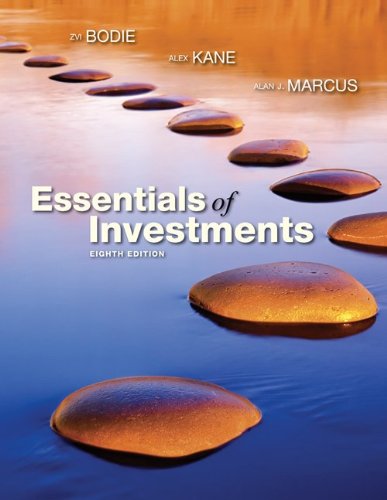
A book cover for Essentials of Investments (The Mcgraw-Hill/Irwin Series in Finance, Insurance, and Real Estate); Zvi Bodie; Business & Money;